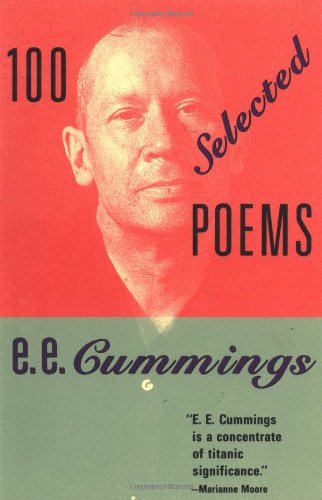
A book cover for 100 Selected Poems; e. e. cummings; Literature & Fiction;